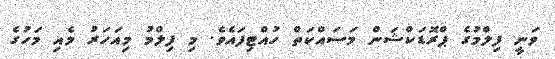
ވަނީ ފިލްމުގެ ޕްރޮޑަކްޝަން މަސައްކަތް ހުއްޓިފައެވެ. މި ފިލްމު މިއަހަރު މެއި މަހުގެ